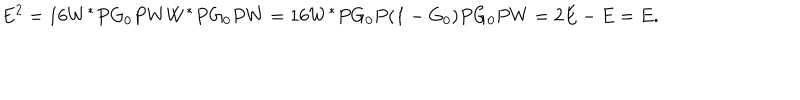
LaTeX: E ^ { 2 } = 1 6 W ^ { * } P G _ { 0 } P W W ^ { * } P G _ { 0 } P W = 1 6 W ^ { * } P G _ { 0 } P ( { \bf 1 } - G _ { 0 } ) P G _ { 0 } P W = 2 E - E = E .